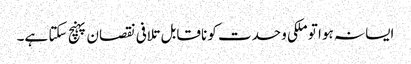
ایسا نہ ہوا تو ملکی وحدت کو ناقابل تلافی نقصان پہنچ سکتا ہے۔